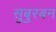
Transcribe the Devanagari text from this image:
सुबुरबन